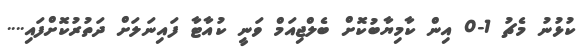
ކުޅުނު މެޗު 1-0 އިން ކާމިޔާބުކޮށް ބެލްޖިއަމް ވަނީ ކުއާޓާ ފައިނަލަށް ދަތުރުކޮށްފައި....